Reports on military cantonments and civil stations in the Presidency of Bombay inspected by the Sanitary Commissioner in the years 1875 and 1876
Year: 1875
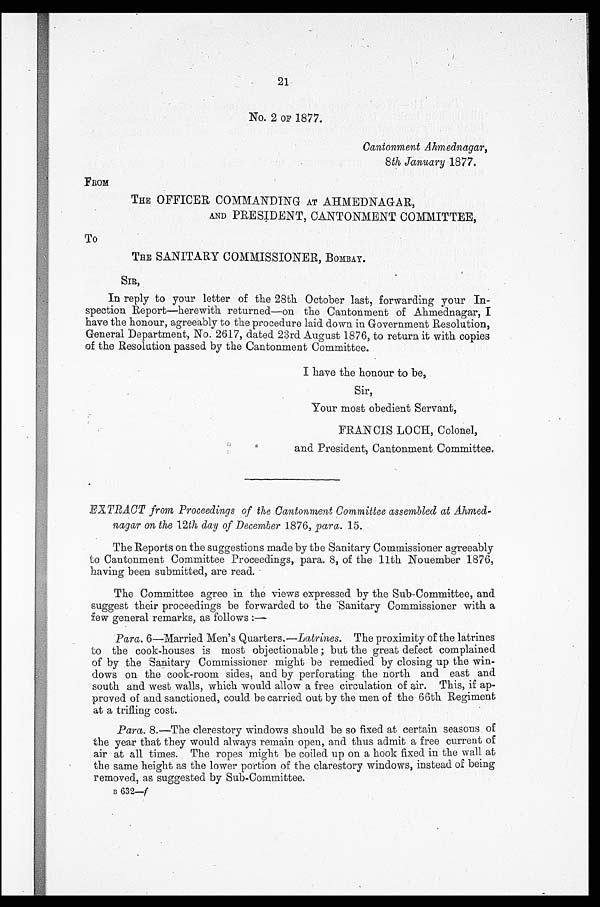
21
No. 2 OF 1877.
Cantonment Ahmednagar,
8th January 1877.
FROM
THE OFFICER COMMANDING AT ARMEDNAGAR,
AND PRESIDENT, CANTONMENT COMMITTEE,
To
THE SANITARY COMMISSIONER, BOMBAY.
SIR,
In reply to your letter of the 28th October last, forwarding your In-
spection Report—herewith returned—on the Cantonment of Ahmednagar, I
have the honour, agreeably to the procedure laid down in Government Resolution,
General Department, No. 2617, dated 23rd August 1876, to return it with copies
of the Resolution passed by the Cantonment Committee.
I have the honour to be, ,
Sir,
Your most obedient Servant,
FRANCIS LOCH, Colonel,
and President, Cantonment Committee.
EXTRACT from Proceedings of the Cantonment Committee assembled at Ahmed-
nagar on the 12th day of December 1876, para. 15.
The Reports on the suggestions made by the Sanitary Commissioner agreeably
to Cantonment Committee Proceedings, para. 8, of the 11th Nouenaber 1876,
having been submitted, are read.
The Committee agree in the views expressed by the Sub-Committee, and
suggest their proceedings be forwarded to the 'Sanitary Commissioner with a
few general remarks, as follows :-
Para. 6—Married Men's Quarters.— Latrines. The proximity of the latrines
to the cook-houses is most objectionable ; but the great defect complained
of by the Sanitary Commissioner might be remedied by closing up the win-
dows on the cook-room sides, and by perforating the north and east and
south and west walls, which would allow a free circulation of air. This, if ap-
proved of and sanctioned, could be carried out by the men of the 66th Regiment
at a trifling cost.
Para. 8.-The clerestory windows should be so fixed at certain seasons of
the year that they would always remain open, and thus admit a free current of
air at all times. The ropes might be coiled up on a hook fixed in the wall at
the same height as the lower portion of the clerestory windows, instead of being
removed, as suggested by Sub-Committee.
B 632-f